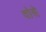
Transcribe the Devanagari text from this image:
वोसे